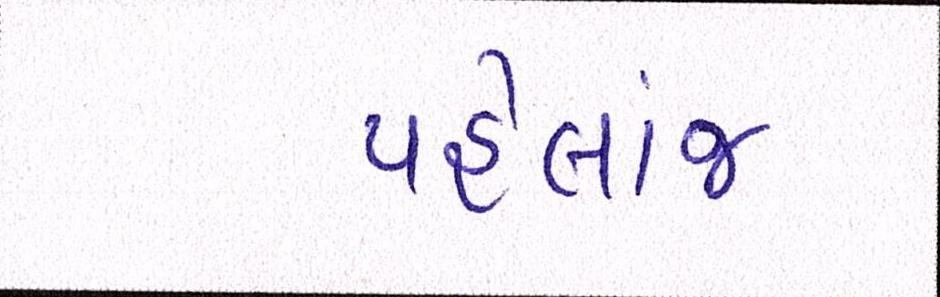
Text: પહેલાંજ